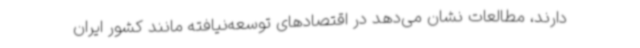
دارند، مطالعات نشان می‌دهد در اقتصادهای توسعه‌نیافته مانند کشور ایران